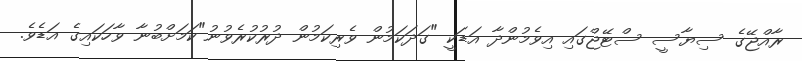
ރާއްޖޭގެ ސިޔާސީ ސްޓޭޖްގައި އިވެމުންދާ އަޑަކީ "ގަދަކަމުން ވެރިކަމުން ދުރުކުރެވުނު"ކަމަށްބުނާ ވާހަކައިގެ އަޑެވެ.